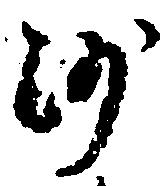
沙